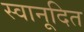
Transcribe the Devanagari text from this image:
स्वानूदित